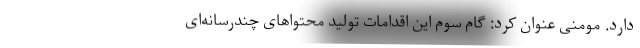
دارد. مومنی عنوان کرد: گام سوم این اقدامات تولید محتواهای چندرسانه‌ای